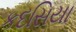
કદસિયા